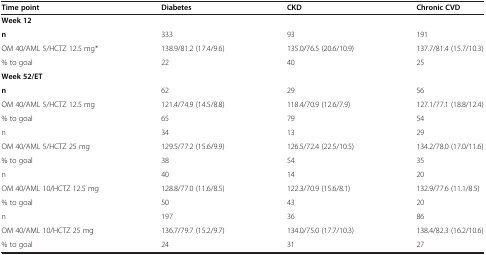
| Time point | Diabetes | CKD | Chronic CVD |
 | --- | --- | --- | --- |
 | <COLSPAN=4> Week 12 |
 | n | 333 | 93 | 191 |
 | OM 40/AML 5/HCTZ 12.5 mg* | 138.9/81.2 (17.4/9.6) | 135.0/76.5 (20.6/10.9) | 137.7/81.4 (15.7/10.3) |
 | % to goal | 22 | 40 | 25 |
 | <COLSPAN=4> Week 52/ET |
 | n | 62 | 29 | 56 |
 | OM 40/AML 5/HCTZ 12.5 mg | 121.4/74.9 (14.5/8.8) | 118.4/70.9 (12.6/7.9) | 127.1/77.1 (18.8/12.4) |
 | % to goal | 65 | 79 | 54 |
 | n | 34 | 13 | 29 |
 | OM 40/AML 5/HCTZ 25 mg | 129.5/77.2 (15.6/9.9) | 126.5/72.4 (22.5/10.5) | 134.2/78.0 (17.0/11.6) |
 | % to goal | 38 | 54 | 35 |
 | n | 40 | 14 | 20 |
 | OM 40/AML 10/HCTZ 12.5 mg | 128.8/77.0 (11.6/8.5) | 122.3/70.9 (15.6/8.1) | 132.9/77.6 (11.1/8.5) |
 | % to goal | 50 | 43 | 20 |
 | n | 197 | 36 | 86 |
 | OM 40/AML 10/HCTZ 25 mg | 136.7/79.7 (15.2/9.7) | 134.0/75.0 (17.7/10.3) | 138.4/82.3 (16.2/10.6) |
 | % to goal | 24 | 31 | 27 |